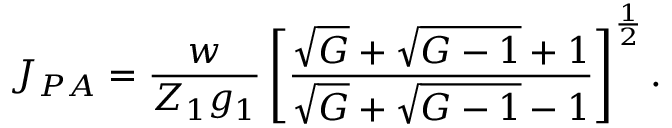
J _ { P A } = \frac { w } { Z _ { 1 } g _ { 1 } } \left[ \frac { \sqrt { G } + \sqrt { G - 1 } + 1 } { \sqrt { G } + \sqrt { G - 1 } - 1 } \right] ^ { \frac { 1 } { 2 } } .